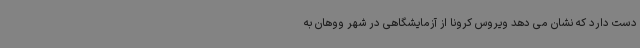
دست دارد که نشان می دهد ویروس کرونا از آزمایشگاهی در شهر ووهان به